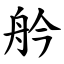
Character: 䑤